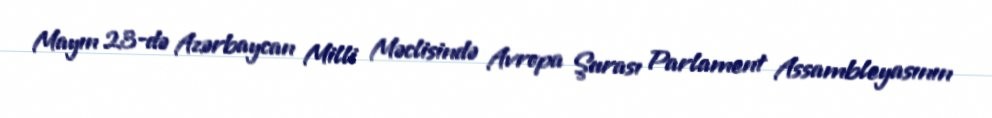
Mayın 23-də Azərbaycan Milli Məclisində Avropa Şurası Parlament Assambleyasının